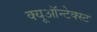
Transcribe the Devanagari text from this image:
क्यूऑन्टेक्स्ट